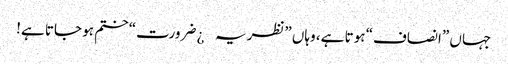
جہاں ”انصاف“ ہوتا ہے، وہاں ”نظریہ¿ ضرورت“ ختم ہو جاتا ہے!